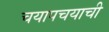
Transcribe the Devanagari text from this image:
चयापचयाची